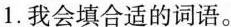
1.我会填合适的词语。